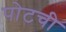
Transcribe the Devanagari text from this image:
पोटची